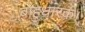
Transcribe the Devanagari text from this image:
बाहुधारक।